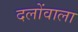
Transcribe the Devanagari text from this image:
दलोंवाला